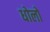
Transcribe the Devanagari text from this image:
धोलो